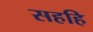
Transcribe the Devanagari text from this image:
सहहि